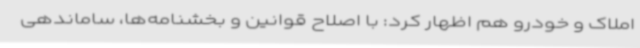
املاک و خودرو هم اظهار کرد: با اصلاح قوانین و بخشنامه‌ها، ساماندهی